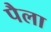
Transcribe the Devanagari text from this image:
पैला